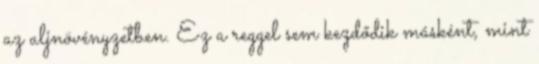
az aljnövényzetben. Ez a reggel sem kezdődik másként, mint